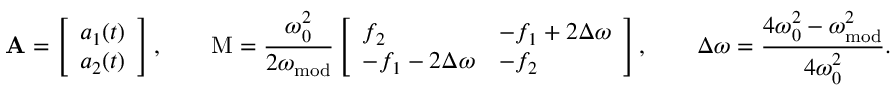
\mathbf { A } = \left[ \begin{array} { l } { a _ { 1 } ( t ) } \\ { a _ { 2 } ( t ) } \end{array} \right] , \qquad \mathrm { M } = \frac { \omega _ { 0 } ^ { 2 } } { 2 \omega _ { \mathrm { m o d } } } \left[ \begin{array} { l l } { f _ { 2 } } & { - f _ { 1 } + 2 \Delta \omega } \\ { - f _ { 1 } - 2 \Delta \omega } & { - f _ { 2 } } \end{array} \right] , \qquad \Delta \omega = \frac { 4 \omega _ { 0 } ^ { 2 } - \omega _ { \mathrm { m o d } } ^ { 2 } } { 4 \omega _ { 0 } ^ { 2 } } .